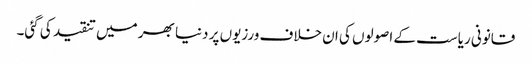
قانونی ریاست کے اصولوں کی ان خلاف ورزیوں پر دنیا بھر میں تنقید کی گئی۔